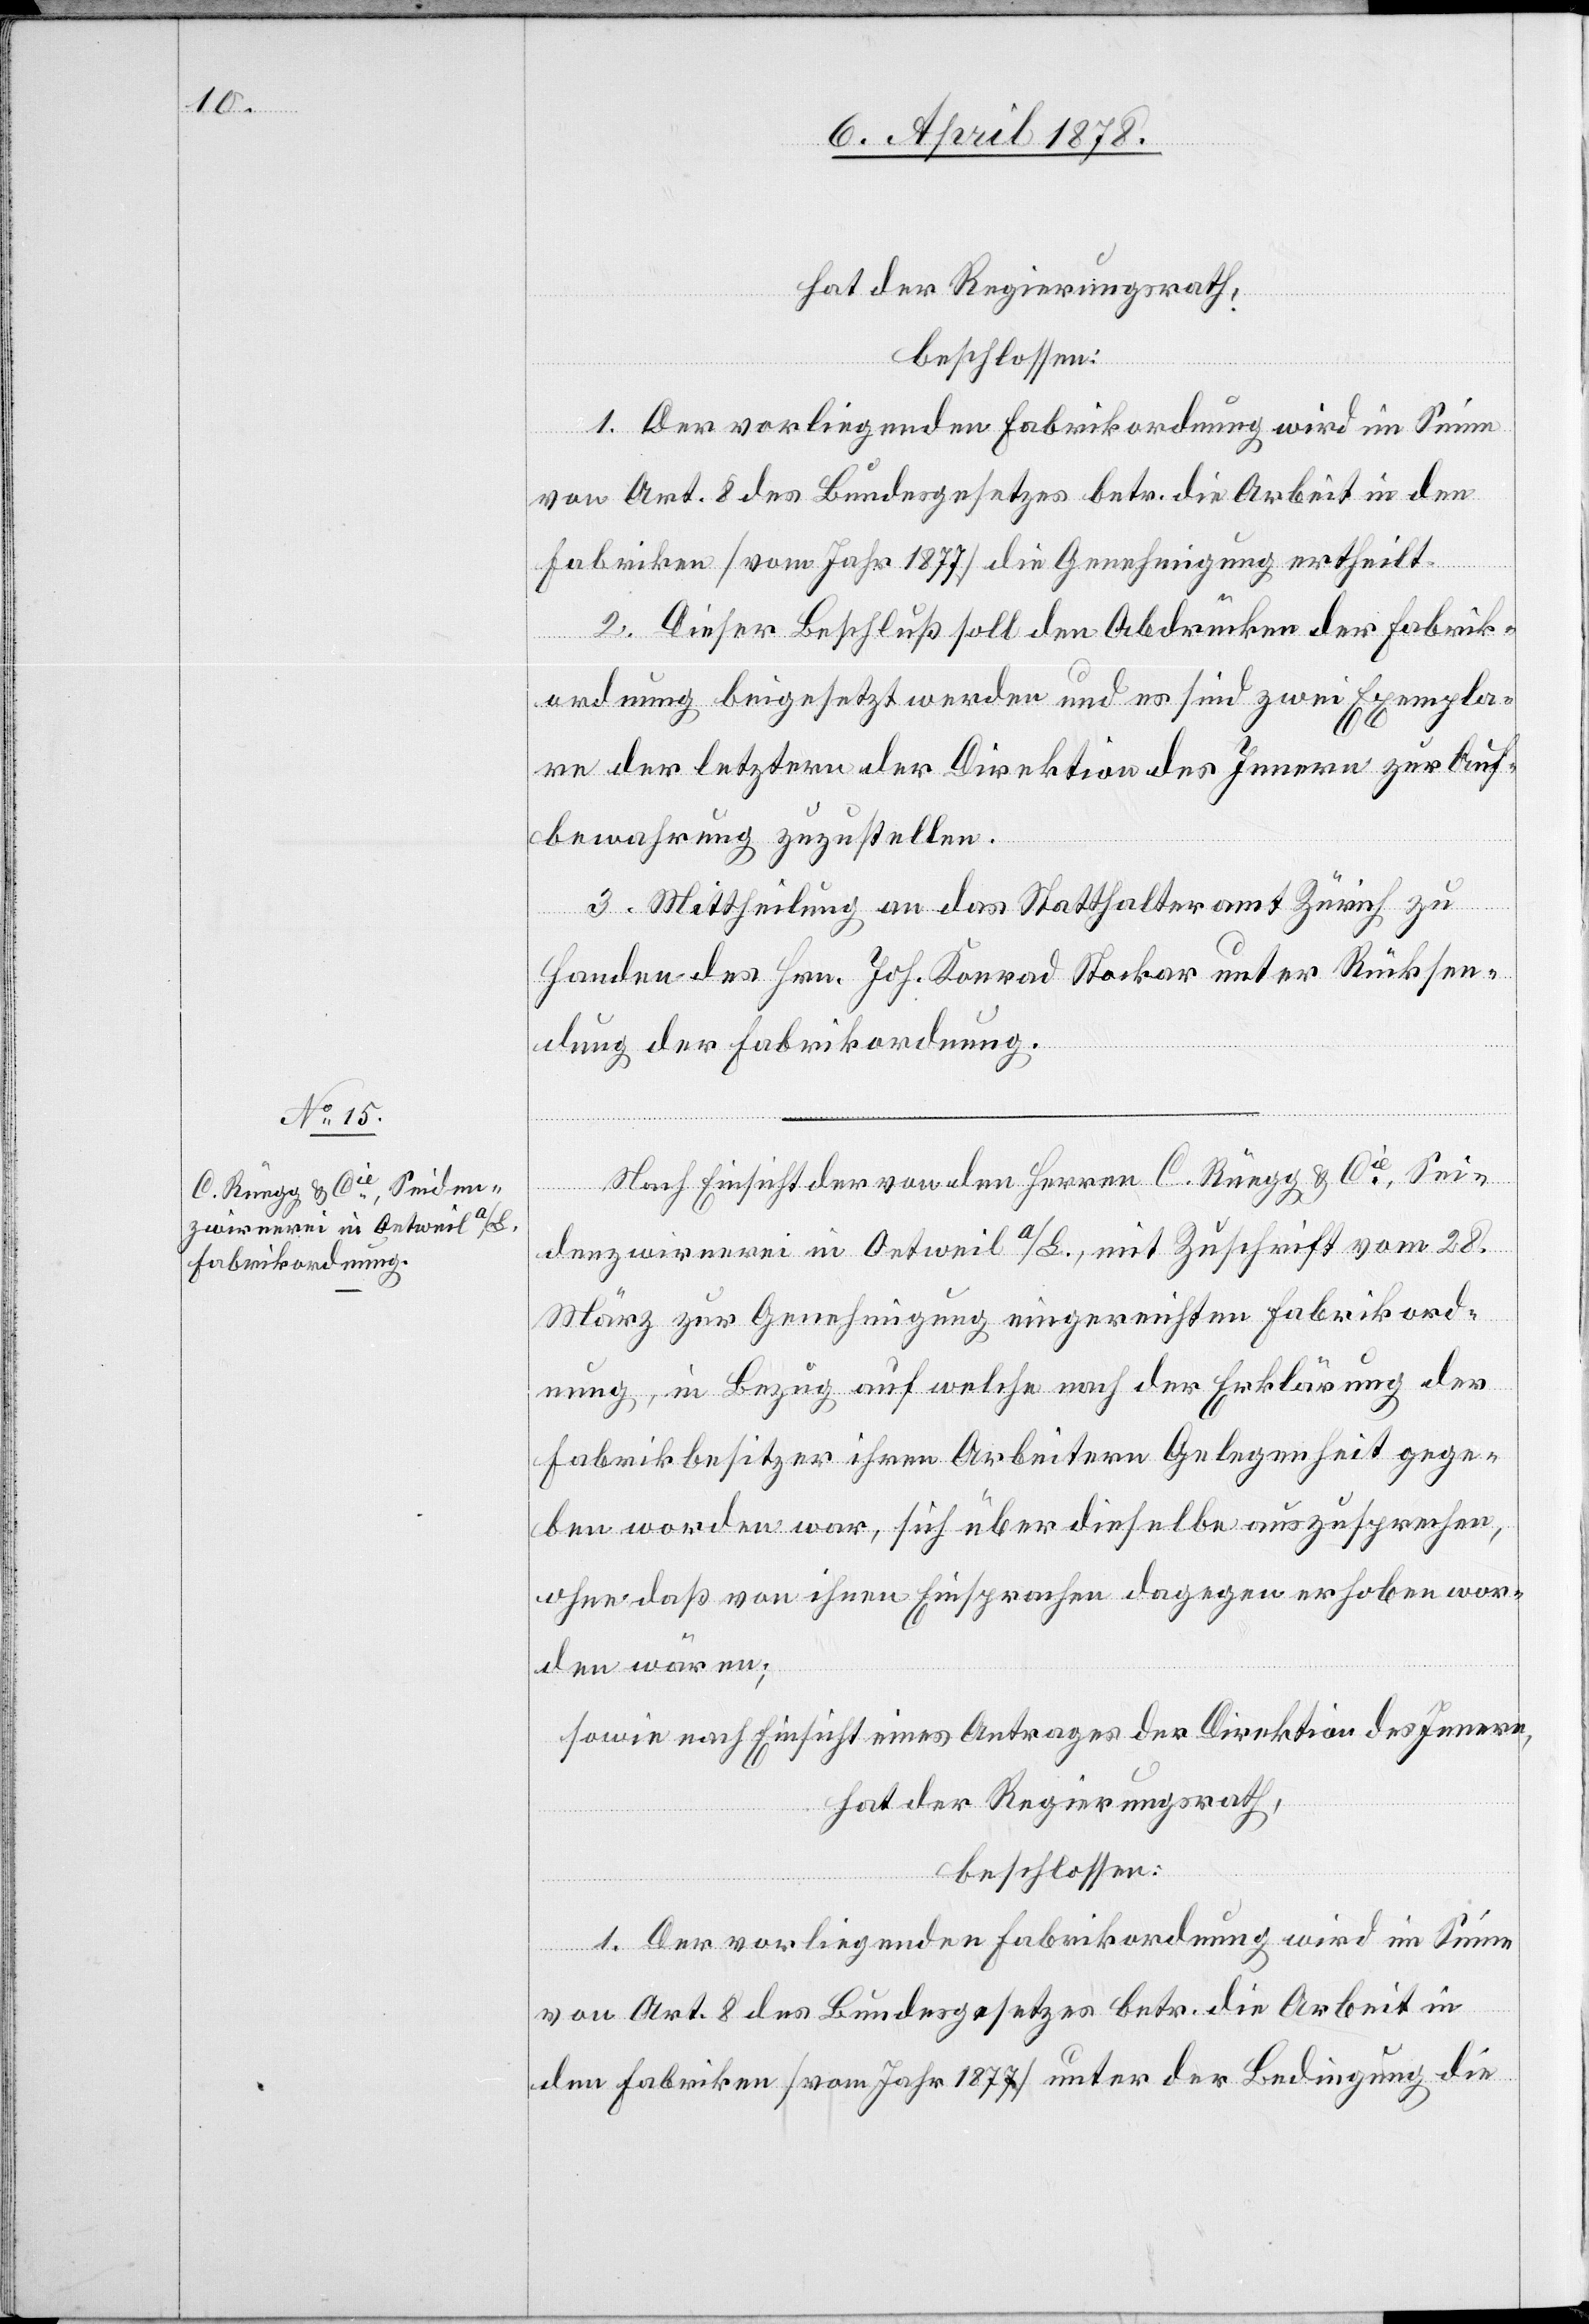
von Art. 8 des Bundesgesetzes betr. die Arbeit in den
Fabriken (vom Jahr 1877) die Genehmigung ertheilt.
2. Dieser Beschluß soll den Abdrücken der Fabrik¬
ordnung beigesetzt werden und es sind zwei Exempla¬
re der letztern der Direktion des Innern zur Auf¬
bewahrung zuzustellen.
3. Mittheilung an das Statthalteramt Zürich zu
Handen des Hrn. Joh. Konrad Stocker unter Rücksen¬
dung der Fabrikordnung.
Nach Einsicht der von den Herren C. Rüegg & Cie, Sei¬
denzwirnerei in Oetweil a/S., mit Zuschrift vom 28.
März zur Genehmigung eingereichten Fabrikord¬
nung, in Bezug auf welche nach der Erklärung der
Fabrikbesitzer ihren Arbeitern Gelegenheit gege¬
ben worden war, sich über dieselbe auszusprechen,
ohne daß von ihnen Einsprachen dagegen erhoben wor¬
den wären;
sowie nach Einsicht eines Antrages der Direktion des Innern,
hat der Regierungsrath,
beschlossen:
1. Der vorliegenden Fabrikordnung wird im Sinne
von Art. 8 des Bundesgesetzes betr. die Arbeit in
den Fabriken (vom Jahr 1877) unter der Bedingung die